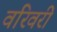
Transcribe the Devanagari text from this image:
वरिवरी